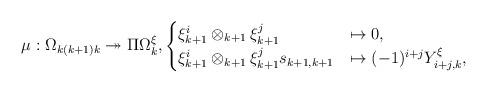
LaTeX: \begin{align*}\mu &: \Omega_{k(k+1)k} \twoheadrightarrow \Pi\Omega_{k}^\xi, \begin{cases}\xi_{k+1}^i \otimes_{k+1} \xi_{k+1}^j &\mapsto 0, \\\xi_{k+1}^i \otimes_{k+1} \xi_{k+1}^j s_{k+1,k+1} &\mapsto (-1)^{i+j} Y^\xi_{i+j,k},\end{cases}\end{align*}